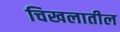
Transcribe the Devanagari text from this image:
चिखलातील